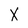
Character: X